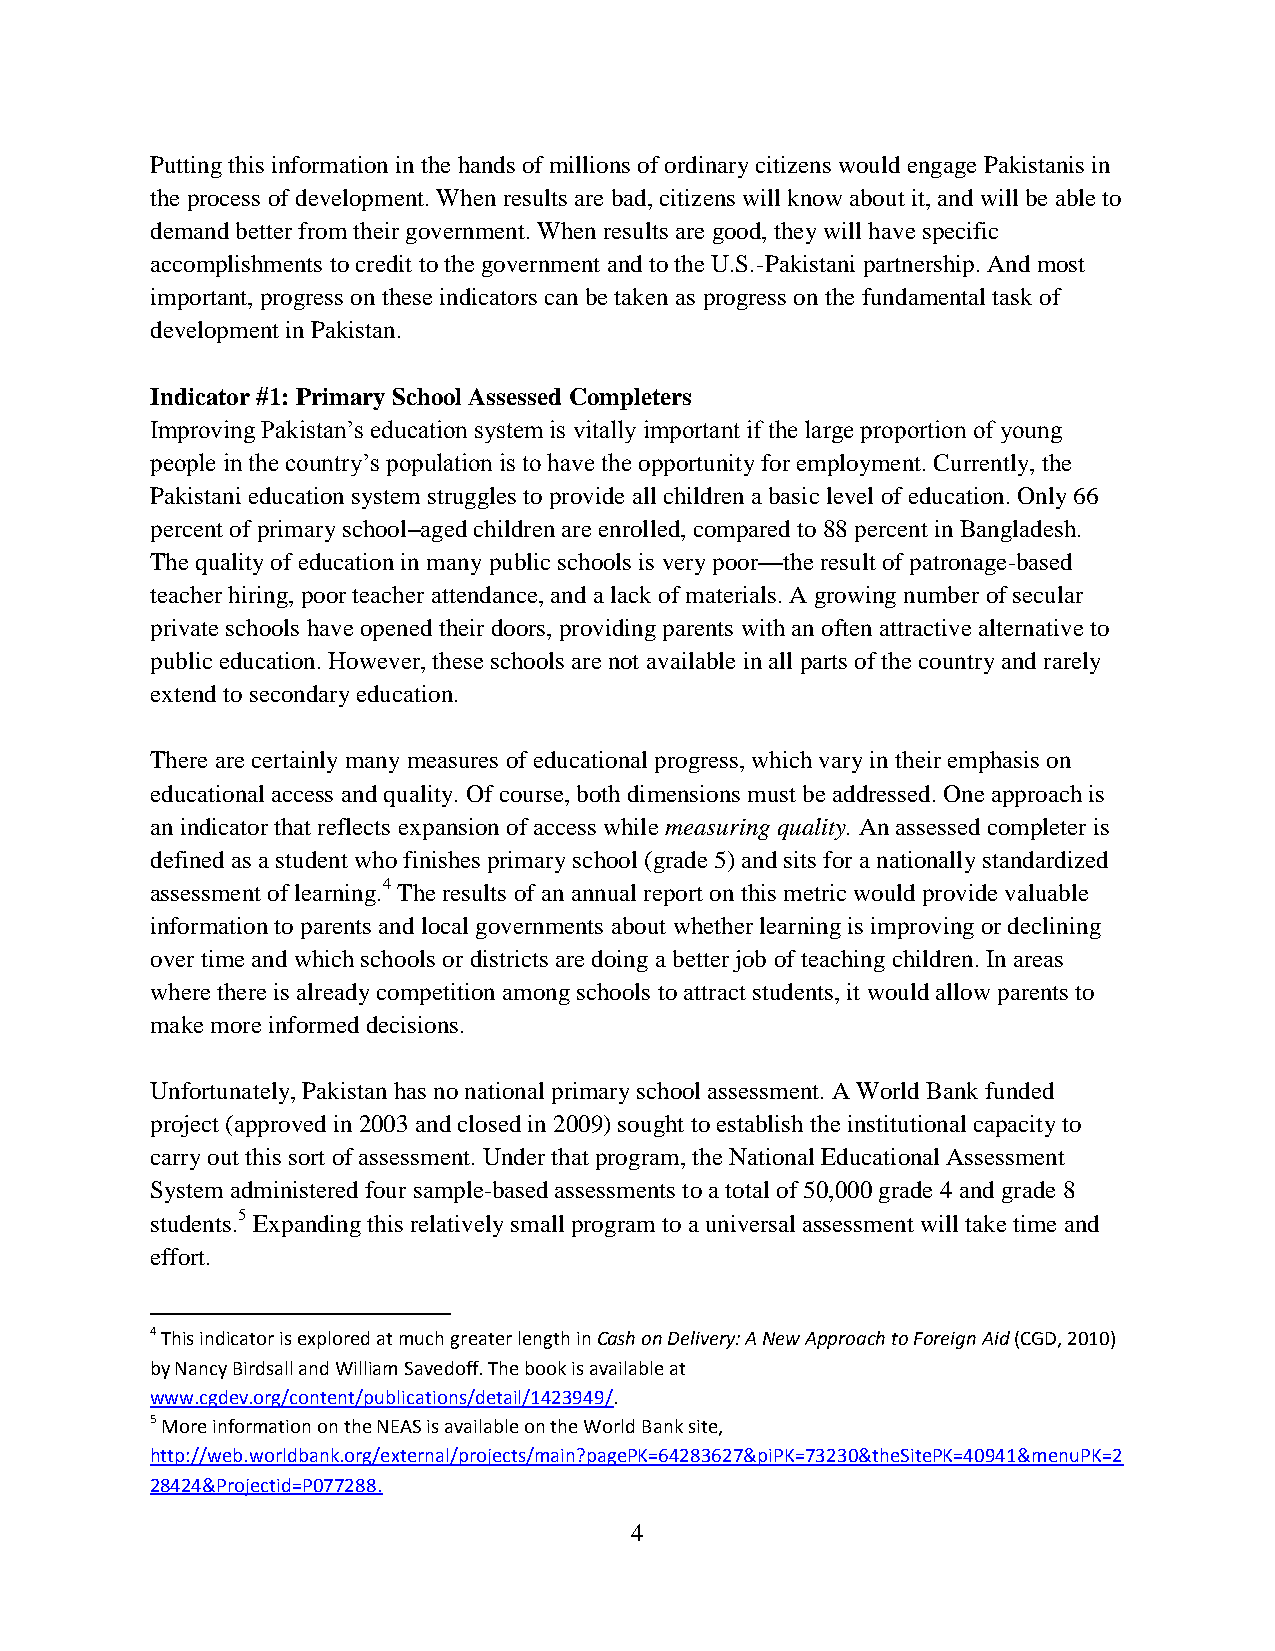
Putting this information in the hands of millions of ordinary citizens would engage Pakistanis in
 the process of development. When results are bad, citizens will know about it, and will be able to
 demand better from their government. When results are good, they will have specific
 accomplishments to credit to the government and to the U.S.-Pakistani partnership. And most
 important, progress on these indicators can be taken as progress on the fundamental task of
 development in Pakistan.
 Indicator #1: Primary School Assessed Completers
 Improving Pakistan’s education system is vitally important if the large proportion of young
 people in the country’s population is to have the opportunity for employment. Currently, the
 Pakistani education system struggles to provide all children a basic level of education. Only 66
 percent of primary school–aged children are enrolled, compared to 88 percent in Bangladesh.
 The quality of education in many public schools is very poor—the result of patronage-based
 teacher hiring, poor teacher attendance, and a lack of materials. A growing number of secular
 private schools have opened their doors, providing parents with an often attractive alternative to
 public education. However, these schools are not available in all parts of the country and rarely
 extend to secondary education.
 There are certainly many measures of educational progress, which vary in their emphasis on
 educational access and quality. Of course, both dimensions must be addressed. One approach is
 an indicator that reflects expansion of access while measuring quality. An assessed completer is
 defined as a student who finishes primary school (grade 5) and sits for a nationally standardized
 assessment of learning.4 The results of an annual report on this metric would provide valuable
 information to parents and local governments about whether learning is improving or declining
 over time and which schools or districts are doing a better job of teaching children. In areas
 where there is already competition among schools to attract students, it would allow parents to
 make more informed decisions.
 Unfortunately, Pakistan has no national primary school assessment. A World Bank funded
 project (approved in 2003 and closed in 2009) sought to establish the institutional capacity to
 carry out this sort of assessment. Under that program, the National Educational Assessment
 System administered four sample-based assessments to a total of 50,000 grade 4 and grade 8
 students.5 Expanding this relatively small program to a universal assessment will take time and
 effort.
 4 This indicator is explored at much greater length in Cash on Delivery: A New Approach to Foreign Aid (CGD, 2010)
 by Nancy Birdsall and William Savedoff. The book is available at
 www.cgdev.org/content/publications/detail/1423949/.
 5 More information on the NEAS is available on the World Bank site,
 http://web.worldbank.org/external/projects/main?pagePK=64283627&piPK=73230&theSitePK=40941&menuPK=2
 28424&Projectid=P077288.
 4